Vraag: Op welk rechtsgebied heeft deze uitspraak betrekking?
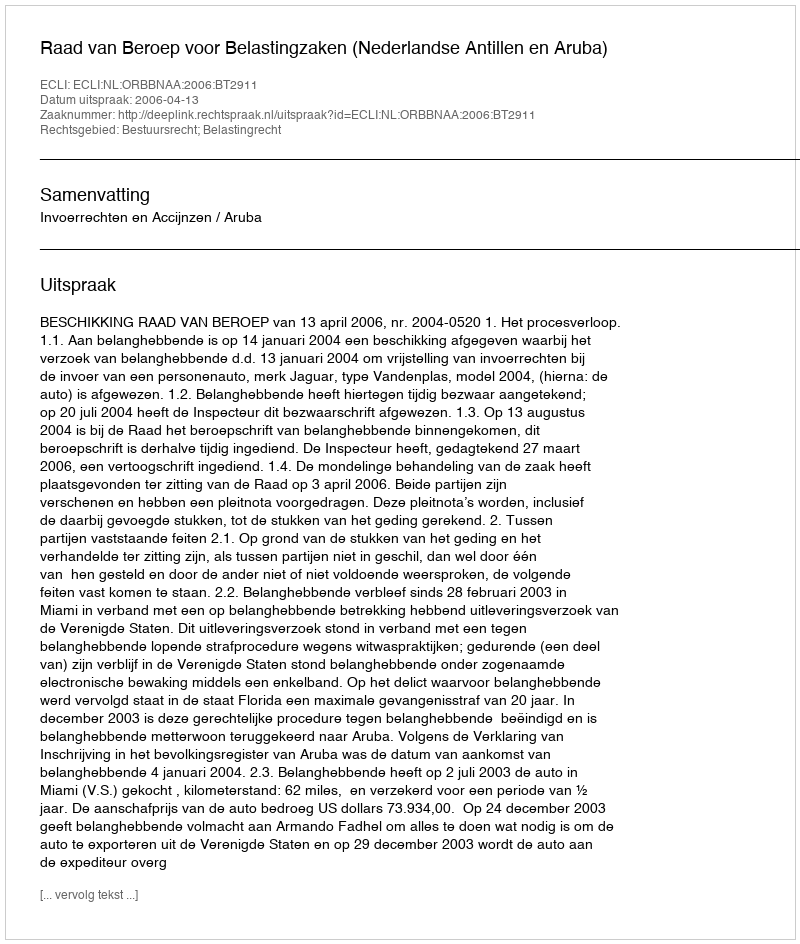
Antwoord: Bestuursrecht; Belastingrecht